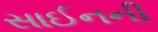
સાઈનની